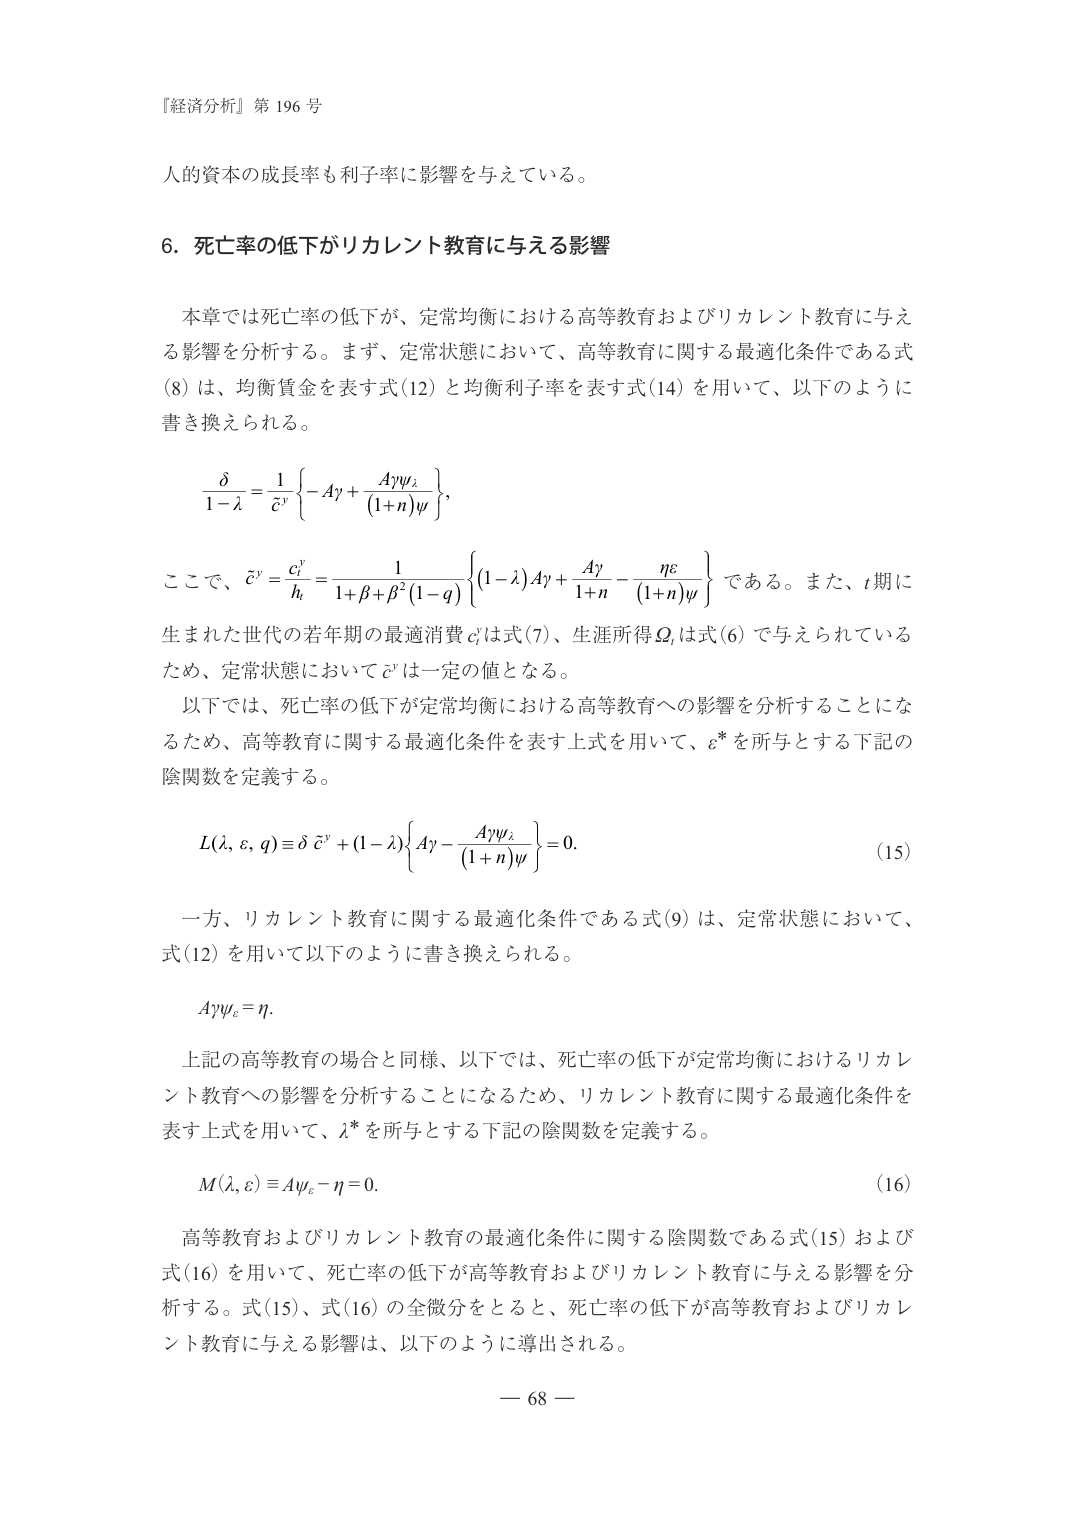
『経済分析』第 196 号

人的資本の成長率も利子率に影響を与えている。

6. 死亡率の低下がリカレント教育に与える影響

本章では死亡率の低下が、定常均衡における高等教育およびリカレント教育に与える影響を分析する。まず、定常状態において、高等教育に関する最適化条件である式 (8) は、均衡賃金を表す式 (12) と均衡利子率を表す式 (14) を用いて、以下のように書き換えられる。

\[
\frac{\delta}{1-\lambda} = \frac{1}{\tilde{c}^y} \left\{ -A\gamma + \frac{A\gamma\psi_i}{(1+n)\psi} \right\},
\]

ここで、\(\tilde{c}^y = \frac{c_i^y}{h_i} = \frac{1}{1+\beta+\beta^2(1-q)} \left\{ (1-\lambda)A\gamma + \frac{A\gamma}{1+n} - \frac{\eta\varepsilon}{(1+n)\psi} \right\}\) である。また、\(t\) 期に生まれた世代の若年期の最適消費 \(c_i^y\) は式 (7)、生涯所得 \(\Omega_i\) は式 (6) で与えられているため、定常状態において \(\tilde{c}^y\) は一定の値となる。

以下では、死亡率の低下が定常均衡における高等教育への影響を分析することになるため、高等教育に関する最適化条件を表す上式を用いて、\(\varepsilon^*\) を所与とする下記の陰関数を定義する。

\[
L(\lambda, \varepsilon, q) \equiv \delta \tilde{c}^y + (1-\lambda) \left\{ A\gamma - \frac{A\gamma\psi_i}{(1+n)\psi} \right\} = 0. \tag{15}
\]

一方、リカレント教育に関する最適化条件である式 (9) は、定常状態において、式 (12) を用いて以下のように書き換えられる。

\[
A\gamma\psi_e = \eta.
\]

上記の高等教育の場合と同様、以下では、死亡率の低下が定常均衡におけるリカレント教育への影響を分析することになるため、リカレント教育に関する最適化条件を表す上式を用いて、\(\lambda^*\) を所与とする下記の陰関数を定義する。

\[
M(\lambda, \varepsilon) \equiv A\psi_e - \eta = 0. \tag{16}
\]

高等教育およびリカレント教育の最適化条件に関する陰関数である式 (15) および式 (16) を用いて、死亡率の低下が高等教育およびリカレント教育に与える影響を分析する。式 (15)、式 (16) の全微分をとると、死亡率の低下が高等教育およびリカレント教育に与える影響は、以下のように導出される。

— 68 —